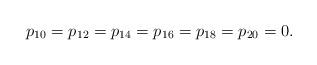
LaTeX: \begin{align*}p_{10}=p_{12}=p_{14}=p_{16}=p_{18}=p_{20}=0.\end{align*}